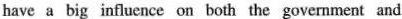
have a big influence on both the govenment and